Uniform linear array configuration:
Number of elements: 8
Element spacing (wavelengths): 0.5
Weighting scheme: exponential
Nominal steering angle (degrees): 45
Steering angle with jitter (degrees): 43.528
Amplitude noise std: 0.05
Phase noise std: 0.05

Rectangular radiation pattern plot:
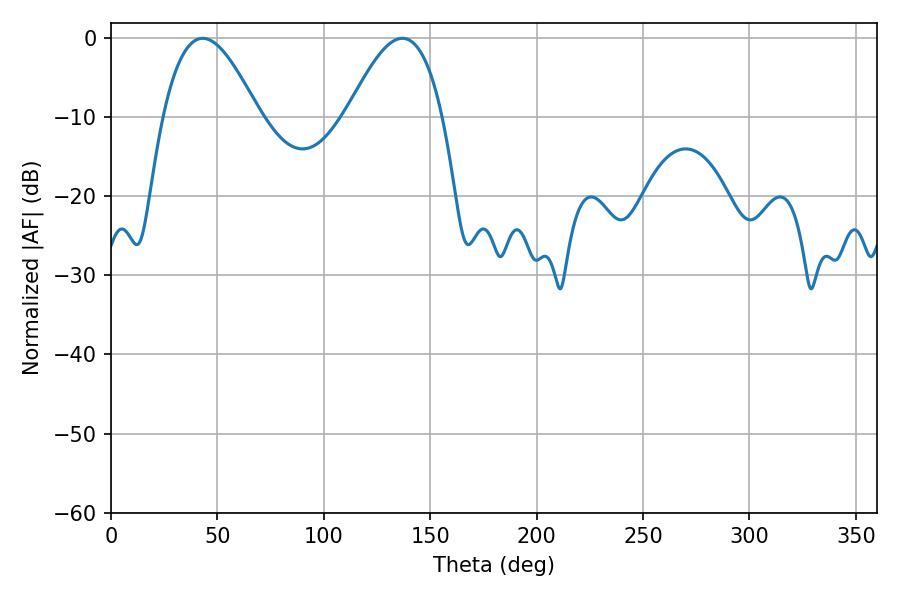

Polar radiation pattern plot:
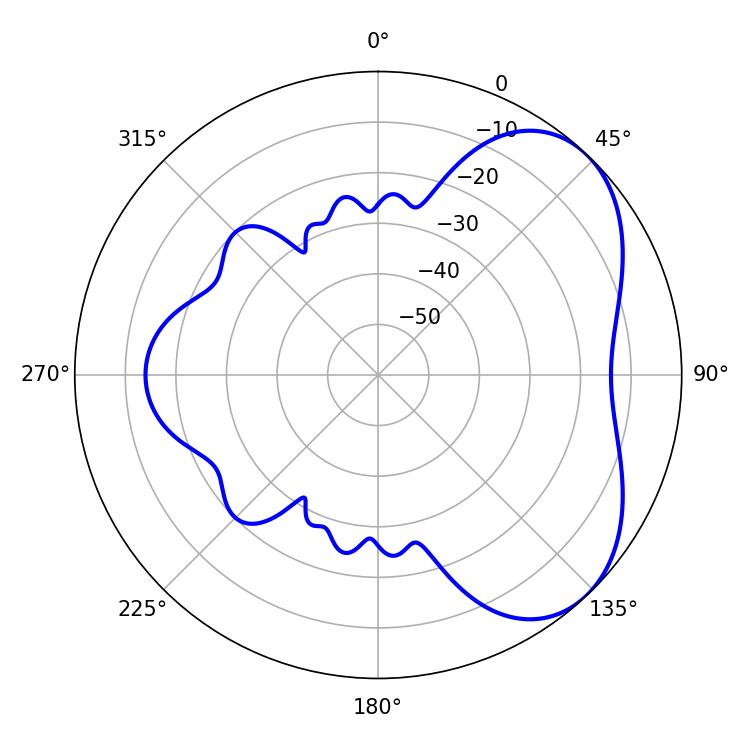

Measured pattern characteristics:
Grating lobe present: FALSE
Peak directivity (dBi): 4.891
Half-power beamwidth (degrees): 24.3
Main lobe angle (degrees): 43.02